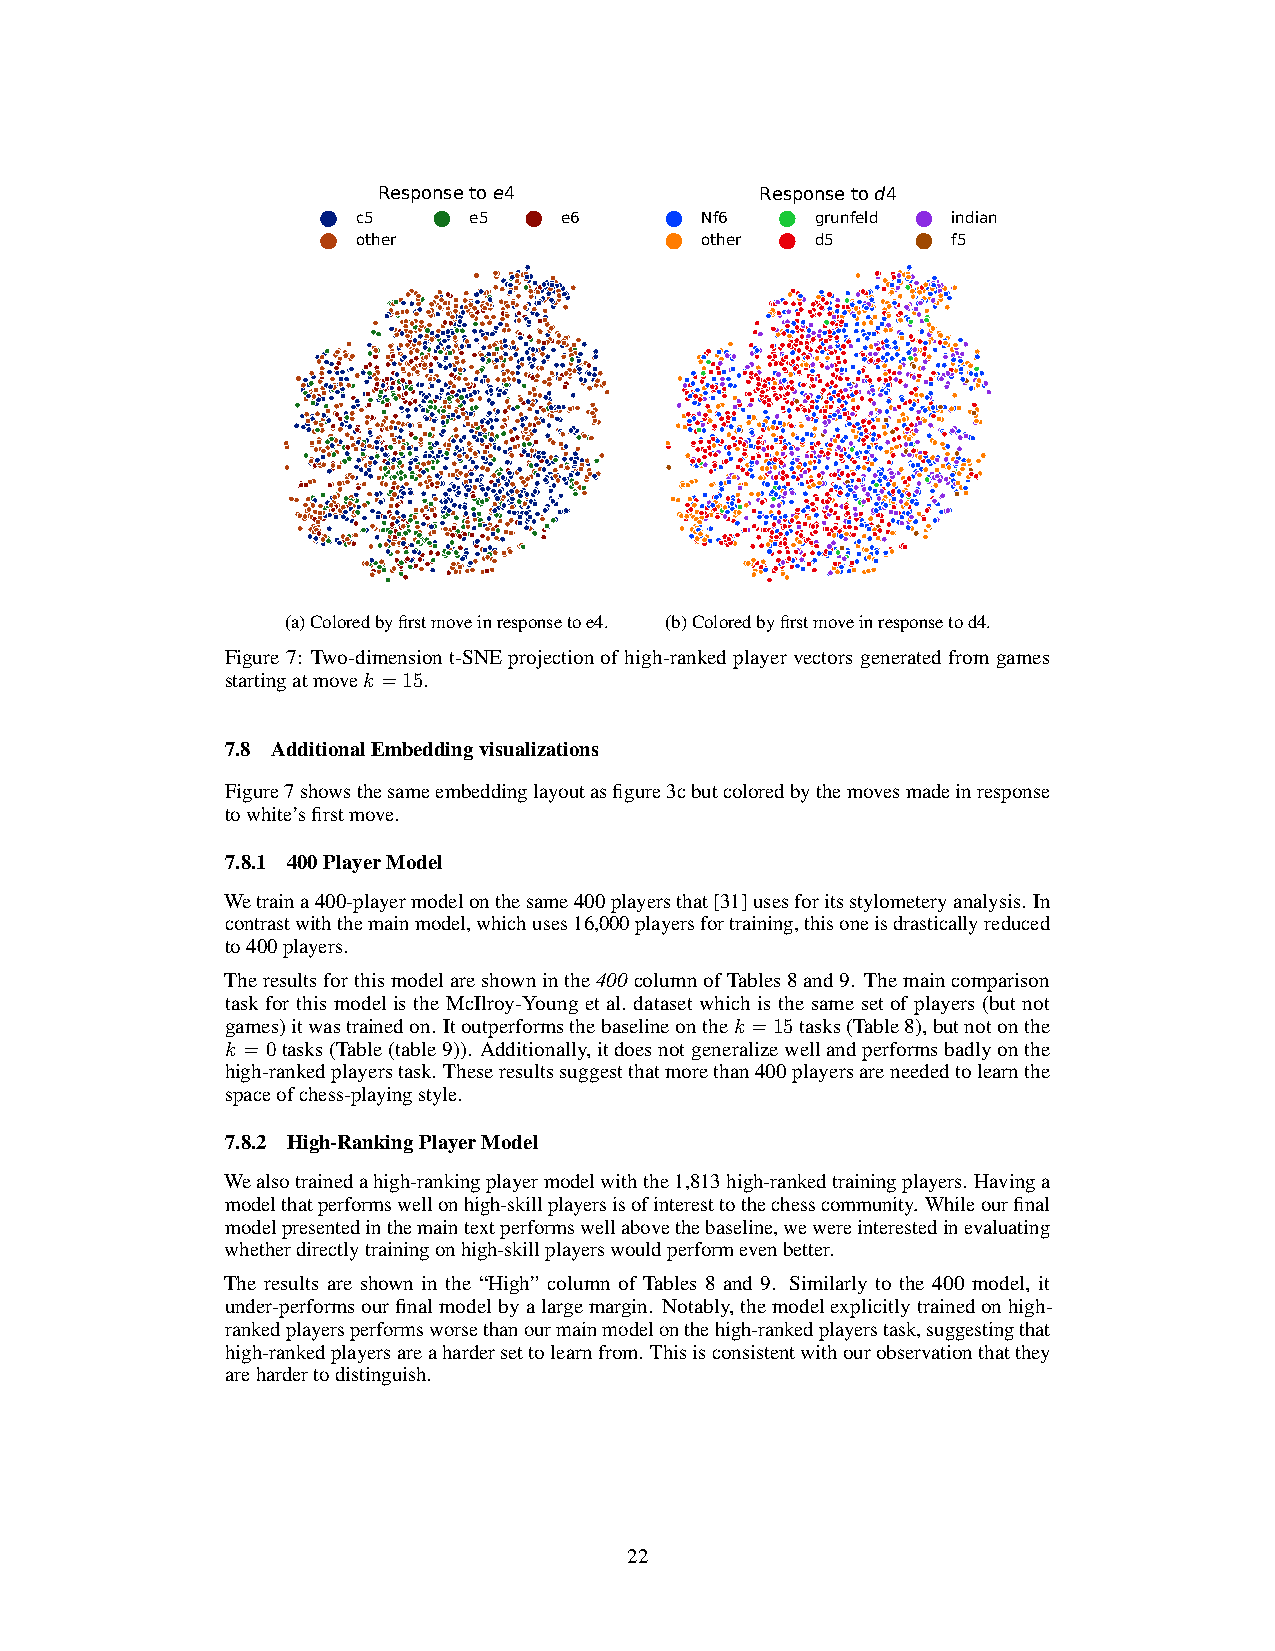
Response to e4           Response to d4
 c5     e5    e6       Nf6     grunfeld indian
 other                 other   d5       f5
 (a)Coloredbyfirstmoveinresponsetoe4. (b)Coloredbyfirstmoveinresponsetod4.
 Figure 7: Two-dimension t-SNE projection of high-ranked player vectors generated from games
 startingatmovek =15.
 7.8 AdditionalEmbeddingvisualizations
 Figure7showsthesameembeddinglayoutasfigure3cbutcoloredbythemovesmadeinresponse
 towhite’sfirstmove.
 7.8.1 400PlayerModel
 Wetraina400-playermodelonthesame400playersthat[31]usesforitsstylometeryanalysis. In
 contrastwiththemainmodel,whichuses16,000playersfortraining,thisoneisdrasticallyreduced
 to400players.
 Theresultsforthismodelareshowninthe400columnofTables8and9. Themaincomparison
 task for this model is the McIlroy-Young et al. dataset which is the same set of players (but not
 games)itwastrainedon. Itoutperformsthebaselineonthek =15tasks(Table8),butnotonthe
 k = 0tasks(Table(table9)). Additionally,itdoesnotgeneralizewellandperformsbadlyonthe
 high-rankedplayerstask. Theseresultssuggestthatmorethan400playersareneededtolearnthe
 spaceofchess-playingstyle.
 7.8.2 High-RankingPlayerModel
 Wealsotrainedahigh-rankingplayermodelwiththe1,813high-rankedtrainingplayers. Havinga
 modelthatperformswellonhigh-skillplayersisofinteresttothechesscommunity. Whileourfinal
 modelpresentedinthemaintextperformswellabovethebaseline,wewereinterestedinevaluating
 whetherdirectlytrainingonhigh-skillplayerswouldperformevenbetter.
 The results are shown in the “High” column of Tables 8 and 9. Similarly to the 400 model, it
 under-performsourfinalmodelbyalargemargin. Notably,themodelexplicitlytrainedonhigh-
 rankedplayersperformsworsethanourmainmodelonthehigh-rankedplayerstask,suggestingthat
 high-rankedplayersareahardersettolearnfrom. Thisisconsistentwithourobservationthatthey
 arehardertodistinguish.
 22